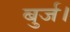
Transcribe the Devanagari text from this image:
बुर्ज।